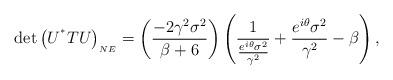
LaTeX: \begin{align*}\det{\left(U^{^{*}}TU\right)_{_{NE}}}&=\left(\frac{-2\gamma ^2\sigma ^2}{\beta+6}\right)\left(\frac{1}{\frac{e^{i \theta }\sigma ^2}{\gamma ^2}} +\frac{e^{i \theta }\sigma ^2}{\gamma ^2}-\beta\right),\end{align*}